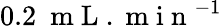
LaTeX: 0.2~\mathrm{~m~L~}.\mathrm{~m~i~n~}^{-1}